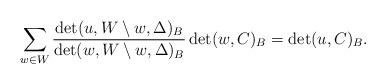
LaTeX: \begin{align*}\sum_{w \in W} \frac{\det(u, W \setminus w, \Delta)_{B}}{\det(w, W \setminus w, \Delta)_{B}} \det(w,C)_{B} = \det(u,C)_{B}. \end{align*}